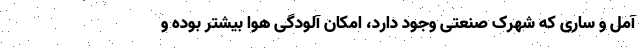
آمل و ساری که شهرک صنعتی وجود دارد، امکان آلودگی هوا بیشتر بوده و